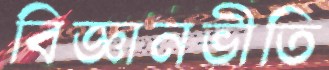
বিজ্ঞানভীতি